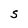
Character: S